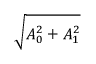
\sqrt { A _ { 0 } ^ { 2 } + A _ { 1 } ^ { 2 } }